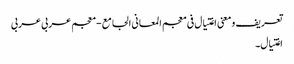
تعریف و معنی اغتیال فی معجم المعانی الجامع - معجم عربی عربی
اغتیال۔